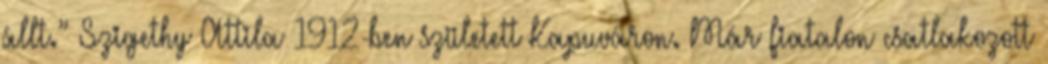
állt.” Szigethy Attila 1912-ben született Kapuváron. Már fiatalon csatlakozott